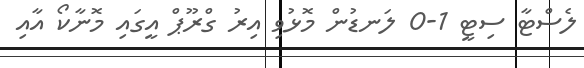
ލެސްޓާ ސިޓީ 1-0 ލަނޑުން މޮޅުވި އިރު ގްރޫޕް އީގައި މޮނާކޯ އާއި